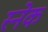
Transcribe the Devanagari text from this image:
स्‍नेक